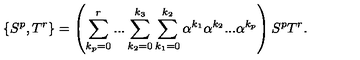
\{ S ^ { p } , T ^ { r } \} = \left( \sum _ { k _ { p } = 0 } ^ { r } . . . \sum _ { k _ { 2 } = 0 } ^ { k _ { 3 } } \sum _ { k _ { 1 } = 0 } ^ { k _ { 2 } } \alpha ^ { k _ { 1 } } \alpha ^ { k _ { 2 } } . . . \alpha ^ { k _ { p } } \right) S ^ { p } T ^ { r } .